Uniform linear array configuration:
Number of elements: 32
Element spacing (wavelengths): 0.75
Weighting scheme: kaiser
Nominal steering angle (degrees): -60
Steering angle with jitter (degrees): -58.087
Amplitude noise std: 0.05
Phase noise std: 0.05

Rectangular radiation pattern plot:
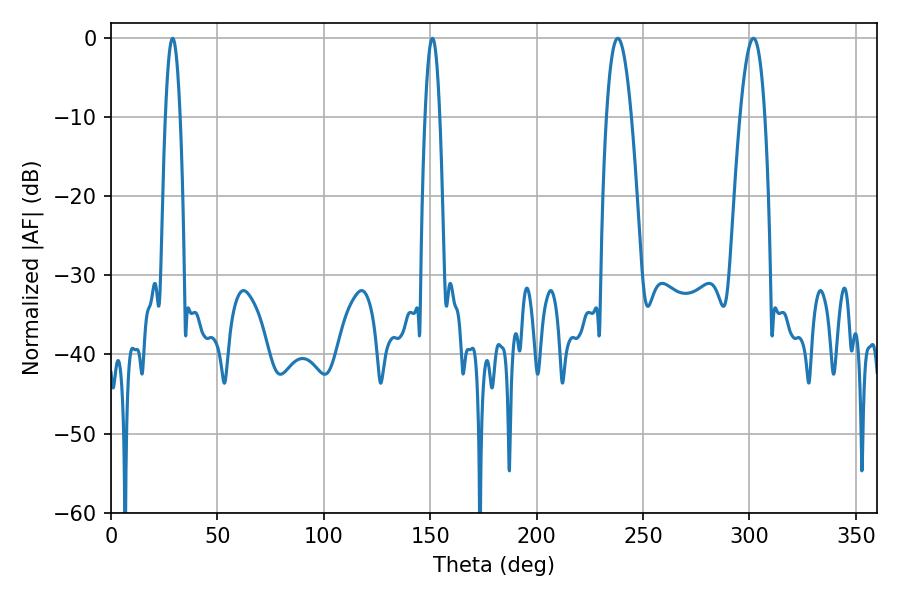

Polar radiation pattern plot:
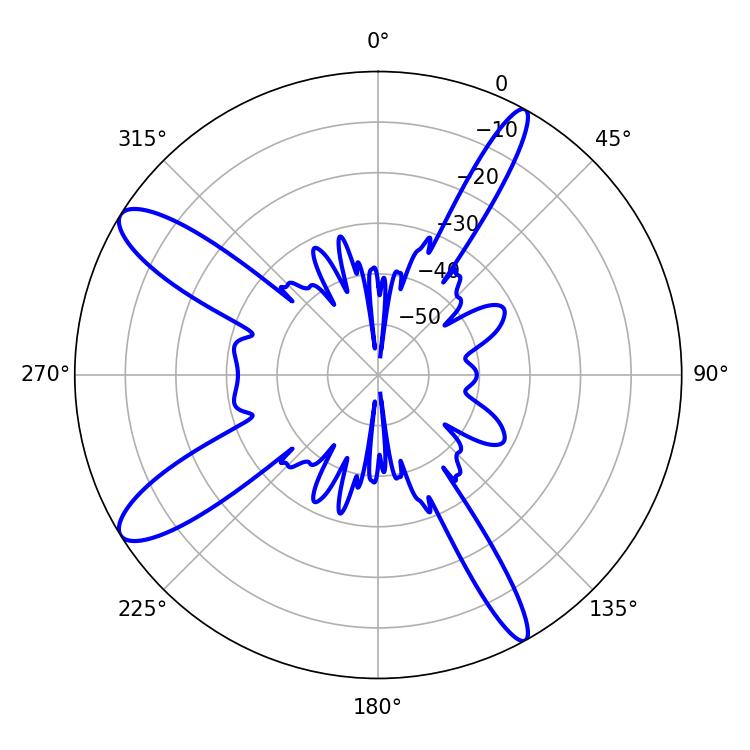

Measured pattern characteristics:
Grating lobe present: TRUE
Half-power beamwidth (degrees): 6.48
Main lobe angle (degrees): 238.14